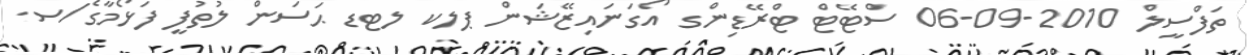
ތަފްސީލް 2010-09-06 ސްޓޭޓް ޓްރޭޑިންގ އޯގަނައިޒޭޝަން ޕލކ ލޓޑ ޙަސަން ލުތުފީ ފަޅޯމާގެ/ސ.